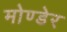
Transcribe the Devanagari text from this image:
मोण्डेर